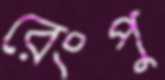
রেংপু